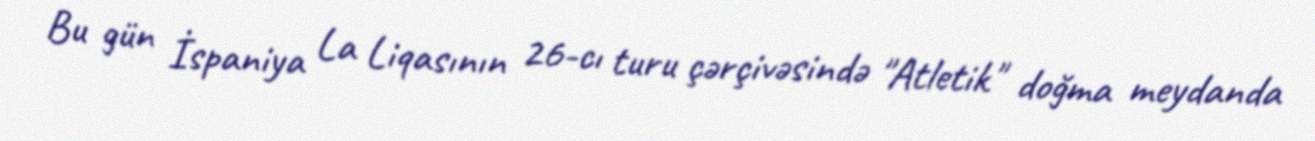
Bu gün İspaniya La Liqasının 26-cı turu çərçivəsində "Atletik" doğma meydanda